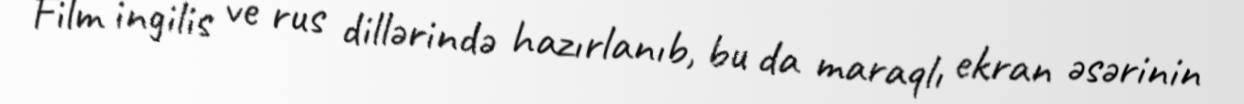
Film ingilis ve rus dillərində hazırlanıb, bu da maraqlı ekran əsərinin